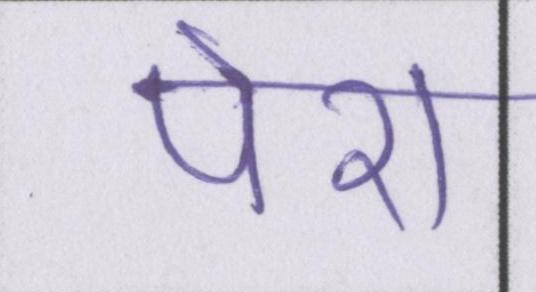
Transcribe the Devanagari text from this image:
पेश